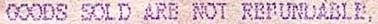
GOODS SOLD ARE NOT REFUNDABLE,